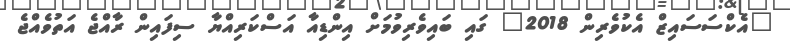
"އެކްސަސައިޒް އެކުވެރިން 2018" ގައި ބައިވެރިވުމަށް އިންޑިއާ އަސްކަރިއްޔާ ސިފައިން ރާއްޖެ އަތުވެއްޖެ